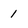
Character: 1